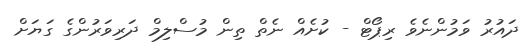
ދައުރު ވަމުންނެވެ ރިޕޯޓް - ކުށެއް ނެތް ތިން މުސްލިމް ދަރިވަރުންގެ ގަޔަށް